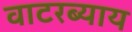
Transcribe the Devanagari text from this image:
वाटरब्याय